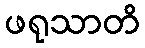
ဖရုသာတိ